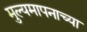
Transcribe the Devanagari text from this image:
मुल्यमापनाच्या